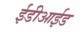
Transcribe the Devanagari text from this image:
ईडीआईड